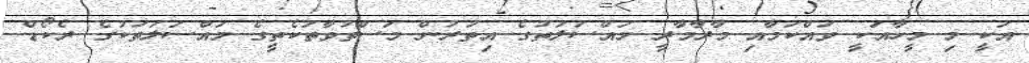
އަކީ މި މީހާއަކީ ވައްކަމާއި މާރާމާރީ މައްސަލަތުގެ އިތުރުން މަސްތުވާތަކެތީގެ މައްސަލަތަކުގެ ރެކޯޑް